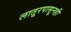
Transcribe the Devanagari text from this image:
लातूरपासूनही